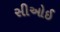
સીઓઈ